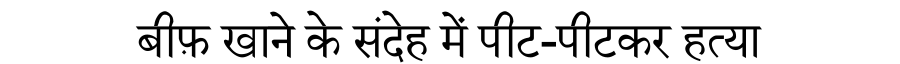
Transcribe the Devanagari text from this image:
बीफ़ खाने के संदेह में पीट-पीटकर हत्या